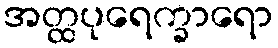
အတ္ထပုရေက္ခာရော